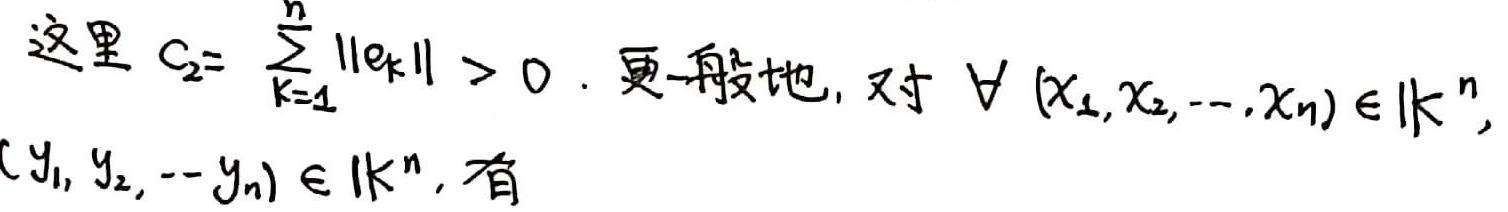
这里 $c_2= \sum_{k = 1}^{n} \|e_k\| > 0$. 更一般地, 对 $\forall (x_1, x_2, \cdots, x_n) \in \mathbb{K}^n$, $(y_1, y_2, \cdots y_n) \in \mathbb{K}^n$, 有